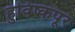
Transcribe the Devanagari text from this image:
हुविष्कपूर